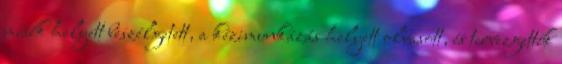
misék helyett beszélgetett, a kézimunkázás helyett olvasott, és tervezgették